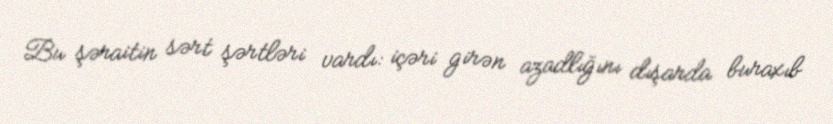
Bu şəraitin sərt şərtləri vardı: içəri girən azadlığını dışarda buraxıb